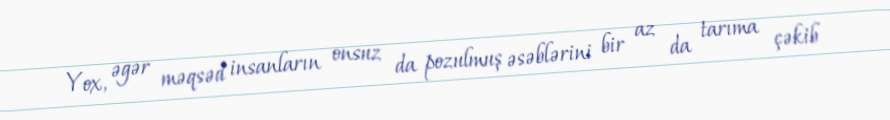
Yox, əgər məqsəd insanların onsuz da pozulmuş əsəblərini bir az da tarıma çəkib